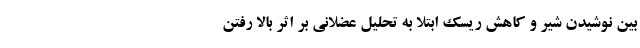
بین نوشیدن شیر و کاهش ریسک ابتلا به تحلیل عضلانی بر اثر بالا رفتن